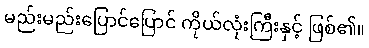
မည်းမည်းပြောင်ပြောင် ကိုယ်လုံးကြီးနှင့် ဖြစ်၏။